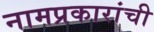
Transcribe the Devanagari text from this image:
नामप्रकारांची